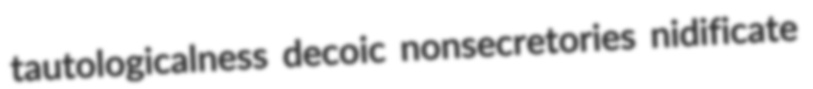
tautologicalness decoic nonsecretories nidificate